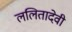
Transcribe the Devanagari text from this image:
ललितादेवी